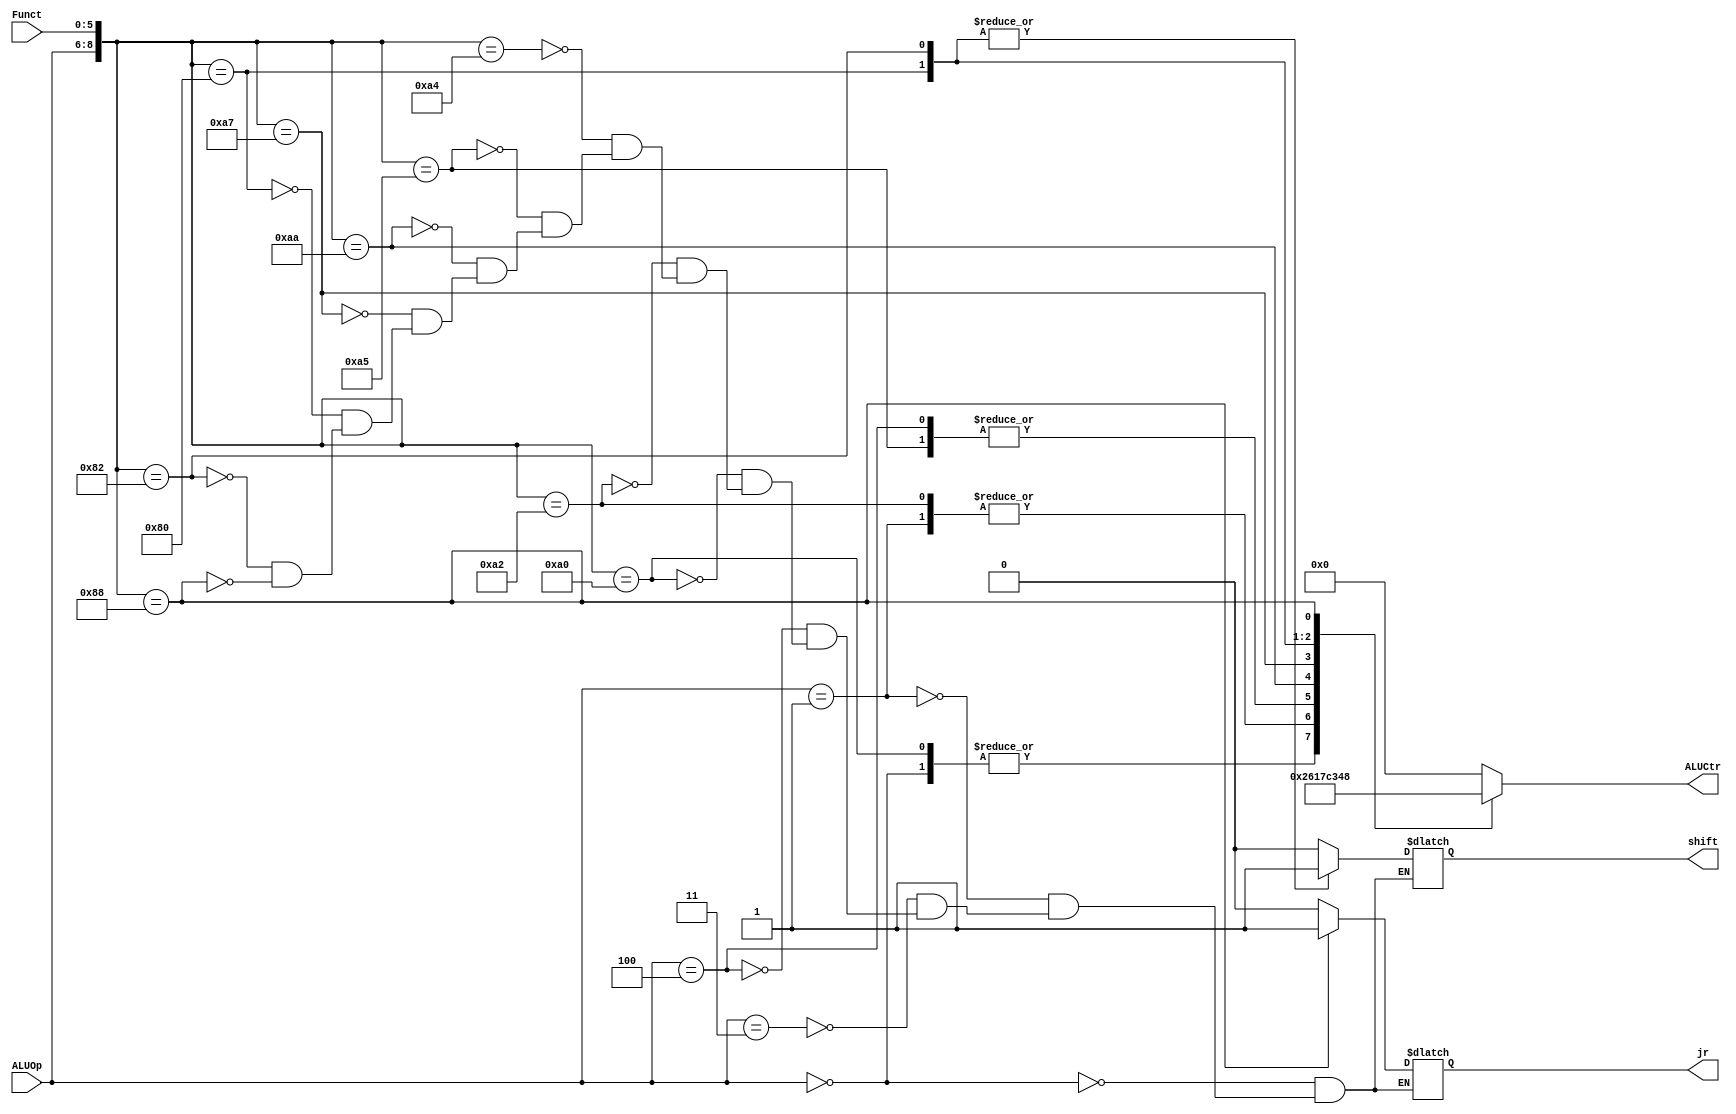
`timescale 1ns / 1ps
//////////////////////////////////////////////////////////////////////////////////
// Company: 
// Engineer: 
// 
// Design Name: 
// Module Name: ALUCtr
// Project Name: 
// Target Devices: 
// Tool Versions: 
// Description: 
// 
// Dependencies: 
// 
// Revision:
// Revision 0.01 - File Created
// Additional Comments:
// 
//////////////////////////////////////////////////////////////////////////////////


module ALUCtr(
    input [2:0] ALUOp,
    input [5:0] Funct,
    output [3:0] ALUCtr,
    output jr,
    output shift
    );
    reg [3:0] aluCtr;
    reg JR;
    reg SHIFT;
    always @ (ALUOp or Funct)
    begin
        casex ({ALUOp, Funct})
            9'b000xxxxxx: begin
                aluCtr = 4'b0010;//add
                JR = 0;
                SHIFT = 0;
            end
            9'b001xxxxxx: begin
                aluCtr = 4'b0110;//sub
                JR = 0;
                SHIFT = 0;
            end
            9'b011xxxxxx: begin
                aluCtr = 4'b0000;//and
                JR = 0;
                SHIFT = 0;
            end
            9'b100xxxxxx: begin
                aluCtr = 4'b0001;//or
                JR = 0;
                SHIFT = 0;
            end
            //R-type
            9'b010100000: begin
                aluCtr = 4'b0010;//add
                JR = 0;
                SHIFT = 0;
            end
            9'b010100010: begin
                aluCtr = 4'b0110;//sub
                JR = 0;
                SHIFT = 0;
            end
            9'b010100100: begin
                aluCtr = 4'b0000;//and
                JR = 0;
                SHIFT = 0;
            end
            9'b010100101: begin
                aluCtr = 4'b0001;//or
                JR = 0;
                SHIFT = 0;
            end
            9'b010101010: begin
                aluCtr = 4'b0111;//slt
                JR = 0;
                SHIFT = 0;
            end
            9'b010100111: begin
                aluCtr = 4'b1100;//nor
                JR = 0;
                SHIFT = 0;
            end
            9'b010000000: begin
                aluCtr = 4'b0011;//sll
                JR = 0;
                SHIFT = 1;
            end
            9'b010000010: begin
                aluCtr = 4'b0100;//srl
                JR = 0;
                SHIFT = 1;
            end
            9'b010001000: begin 
                aluCtr = 4'b1000;//jr 
                JR = 1;
                SHIFT = 0;
            end
            default: aluCtr = 4'b0000;
        endcase
    end
    assign ALUCtr = aluCtr;
    assign jr = JR;
    assign shift = SHIFT;
endmodule